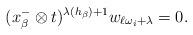
LaTeX: \begin{align*}(x^-_\beta\otimes t)^{\lambda(h_\beta)+1}w_{{\ell\omega_i+\lambda }}=0.\end{align*}